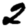
Digit: 2